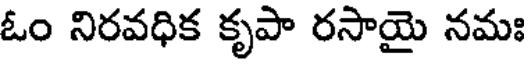
ఓం నిరవధిక కృపా రసాయై నమః